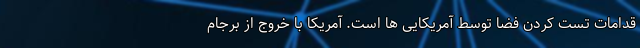
قدامات تست کردن فضا توسط آمریکایی ها است. آمریکا با خروج از برجام